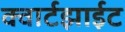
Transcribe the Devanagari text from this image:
क्वार्टझाईट